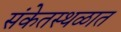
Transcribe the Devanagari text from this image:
संकेतस्थळात